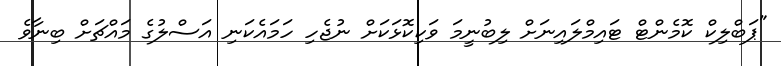
"ޕަބްލިކް ކޮމެންޓް ޓައިމްލައިނަށް ލިބުނީމަ ވަކިކޮޅަކަށް ނުޖެހި ހަމައެކަނި އަސްލުގެ މައްޗަށް ބިނާވެ